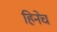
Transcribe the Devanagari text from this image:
हिनेच